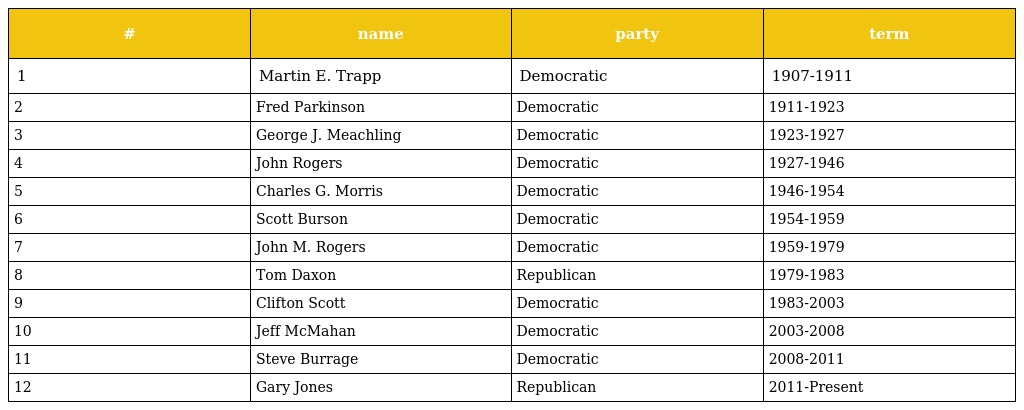
| # | name | party | term |
 | --- | --- | --- | --- |
 | 1 | Martin E. Trapp | Democratic | 1907-1911 |
 | 2 | Fred Parkinson | Democratic | 1911-1923 |
 | 3 | George J. Meachling | Democratic | 1923-1927 |
 | 4 | John Rogers | Democratic | 1927-1946 |
 | 5 | Charles G. Morris | Democratic | 1946-1954 |
 | 6 | Scott Burson | Democratic | 1954-1959 |
 | 7 | John M. Rogers | Democratic | 1959-1979 |
 | 8 | Tom Daxon | Republican | 1979-1983 |
 | 9 | Clifton Scott | Democratic | 1983-2003 |
 | 10 | Jeff McMahan | Democratic | 2003-2008 |
 | 11 | Steve Burrage | Democratic | 2008-2011 |
 | 12 | Gary Jones | Republican | 2011-Present |